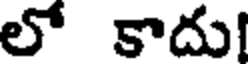
లో కాదు!